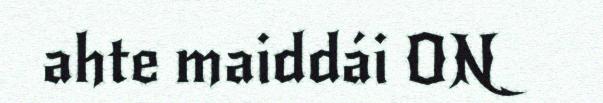
ahte maiddái ON